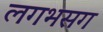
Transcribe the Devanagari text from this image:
लगभसग